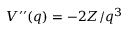
V ^ { \prime \prime } ( q ) = - 2 Z / q ^ { 3 }